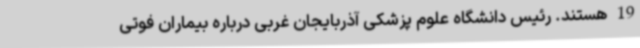
19 هستند. رئیس دانشگاه علوم پزشکی آذربایجان غربی درباره بیماران فوتی